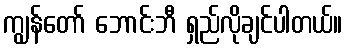
ကျွန်တော် ဘောင်းဘီ ရှည်လိုချင်ပါတယ်။